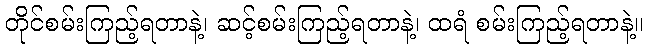
တိုင်စမ်းကြည့်ရတာနဲ့၊ ဆင့်စမ်းကြည့်ရတာနဲ့၊ ထရံ စမ်းကြည့်ရတာနဲ့။